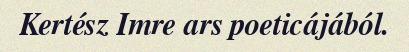
Kertész Imre ars poeticájából.